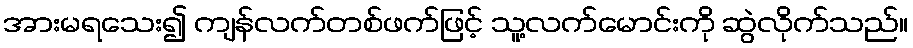
အားမရသေး၍ ကျန်လက်တစ်ဖက်ဖြင့် သူ့လက်မောင်းကို ဆွဲလိုက်သည်။